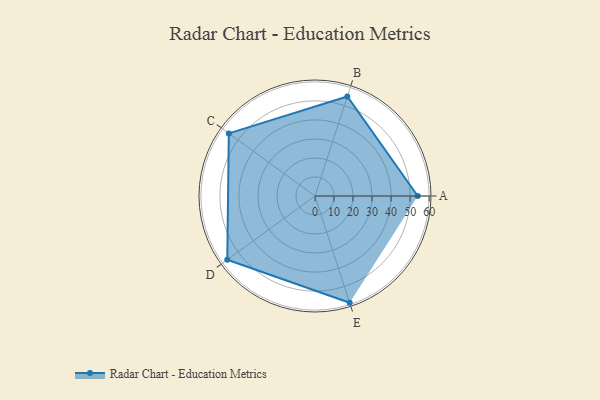
{"axis": {"x": "Skill", "y": "Score"}, "legend": ["Profile"], "data": [{"x": "A", "y": 54.0, "type": "Profile"}, {"x": "B", "y": 55.0, "type": "Profile"}, {"x": "C", "y": 56.0, "type": "Profile"}, {"x": "D", "y": 57.0, "type": "Profile"}, {"x": "E", "y": 59.0, "type": "Profile"}]}